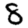
Digit: 8